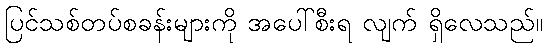
ပြင်သစ်တပ်စခန်းများကို အပေါ်စီးရ လျက် ရှိလေသည်။